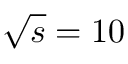
\sqrt { s } = 1 0